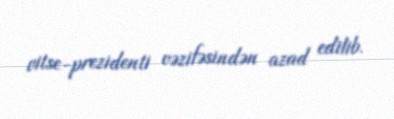
vitse-prezidenti vəzifəsindən azad edilib.